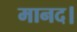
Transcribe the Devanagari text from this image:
मानद।